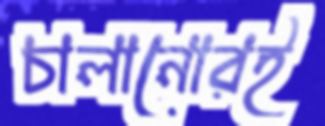
চালানোরই